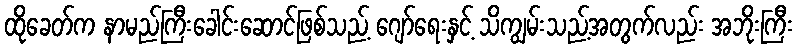
ထိုခေတ်က နာမည်ကြီးခေါင်းဆောင်ဖြစ်သည့် ဂျော်ရေးနှင့် သိကျွမ်းသည့်အတွက်လည်း အဘိုးကြီး